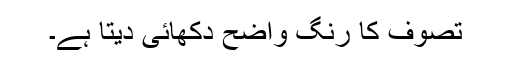
تصوف کا رنگ واضح دکھائی دیتا ہے۔